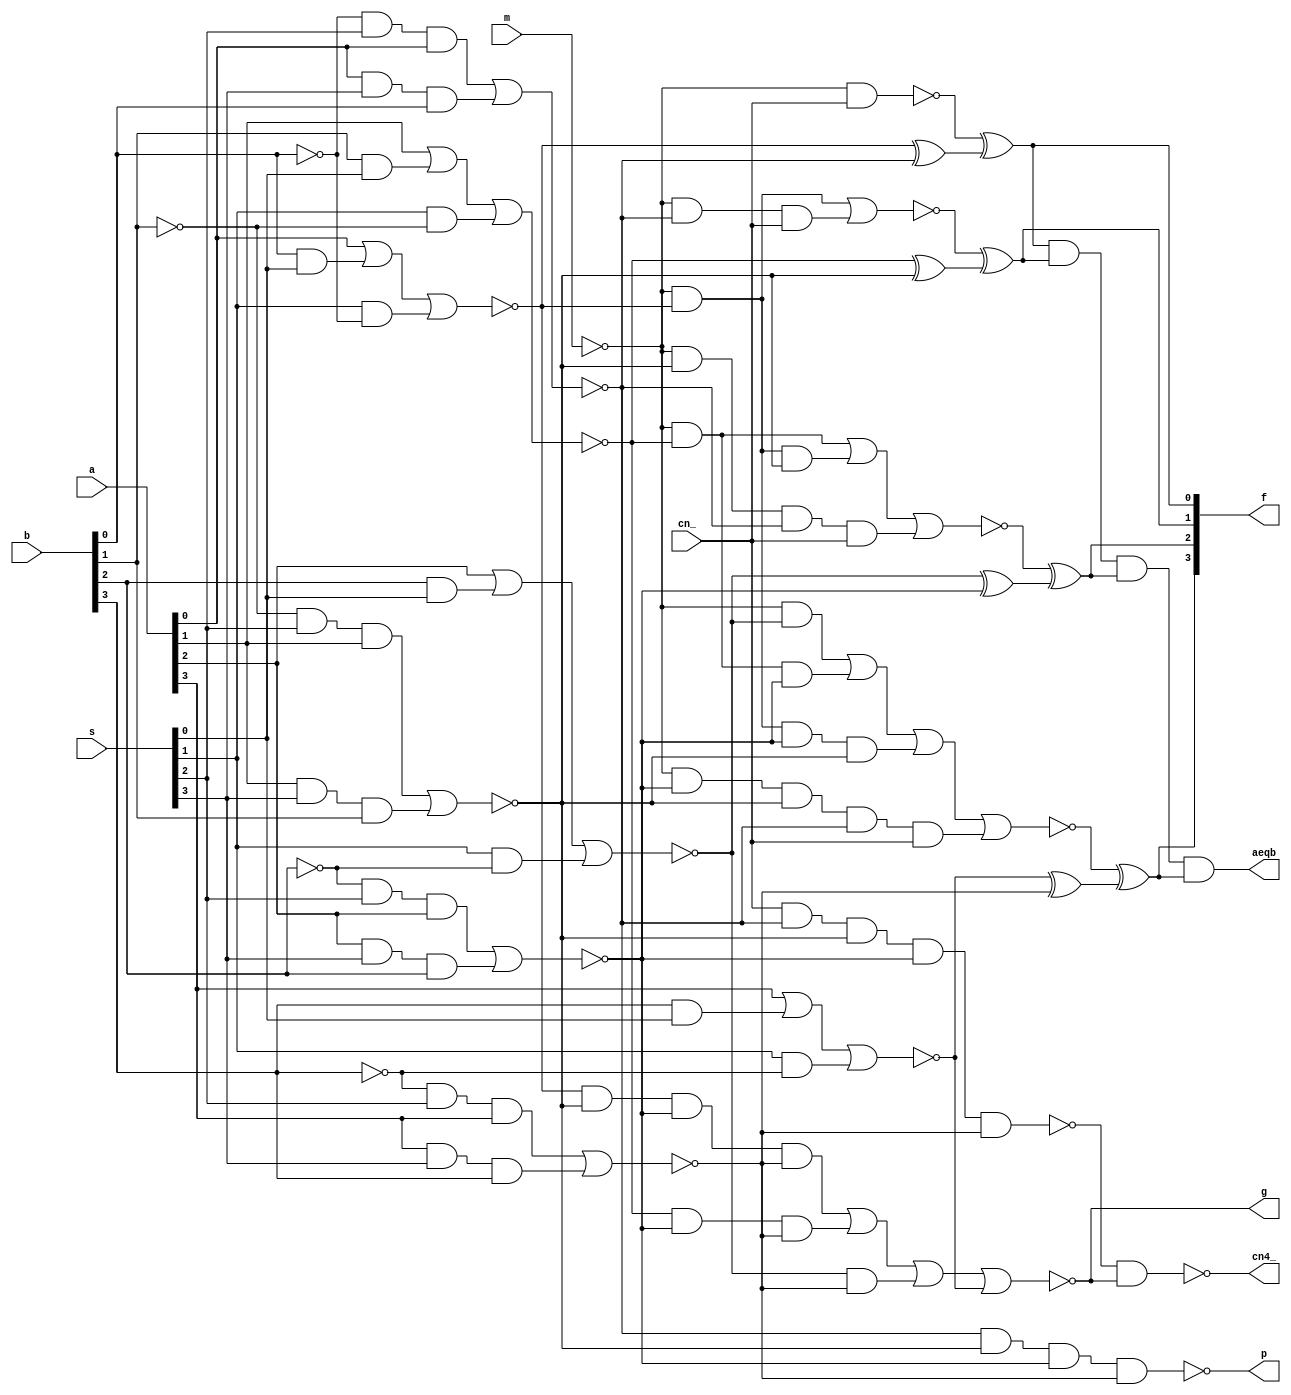
module sn74ls181 (a, b, s, m, cn_, f, cn4_, g, p, aeqb);
input [3:0] a, b;
input [3:0] s;
input m, cn_;
output [3:0] f;
output cn4_, g, p, aeqb;
wire [3:0] fi;
wire ab, c4;
wand aeqb;

parameter
	tPLH_min=0,  tPLH_typ=22,  tPLH_max=33,		// worst case time A, B -> F
	tPHL_min=0,  tPHL_typ=26,  tPHL_max=38,
	tPLHE_min=0, tPLHE_typ=33, tPLHE_max=50,	// worst case time A, B -> A=B
	tPHLE_min=0, tPHLE_typ=41, tPHLE_max=62,
	tPLHC_min=0, tPLHC_typ=27, tPLHC_max=41,	// worst case time A, B -> Cn4
	tPHLC_min=0, tPHLC_typ=27, tPHLC_max=41;

genvar i;

wire m_;
not u00(m_, m);

wire [3:0] n1, n2, x1, n3;

for (i=0; i<4; i=i+1) begin:stage1
	wire b_, a0, a1, a2, a3, a4;
	not u10(b_,    b[i]);
	and u11(a0,    a[i]);
	and u12(a1,    b[i],s[0]);
	and u13(a2,         s[1],b_);
	and u14(a3,    b_,  s[2],a[i]);
	and u15(a4,    a[i],s[3],b[i]);
	nor u16(n1[i], a0,a1,a2);
	nor u17(n2[i], a3,a4);
	xor u20(x1[i], n1[i], n2[i]);
	xor u40(fi[i],  n3[i], x1[i]);
end

wire a311,a312;
and  u311(a311, m_,n1[0]);
and  u312(a312, m_,n2[0],cn_);

wire a321,a322,a323;
and  u321(a321, m_,n1[1]);
and  u322(a322, m_,n1[0],n2[1]);
and  u323(a323, m_,      n2[1],n2[0],cn_);

wire a331,a332,a333,a334;
and  u331(a331, m_,n1[2]);
and  u332(a332, m_,n1[1],n2[2]);
and  u333(a333, m_,n1[0],n2[2],n2[1]);
and  u334(a334, m_,      n2[2],n2[1],n2[0],cn_);

nand u305(n3[0], m_, cn_);
nor  u315(n3[1], a311,a312);
nor  u325(n3[2], a321,a322,a323);
nor  u335(n3[3], a331,a332,a333,a334);

wire n342;
nand u341(p,        n2[0],n2[1],n2[2],n2[3]);
nand u342(n342, cn_,n2[0],n2[1],n2[2],n2[3]);

wire a351,a352,a353,n354;
and  u351(a351, n1[0],n2[1],n2[2],n2[3]);
and  u352(a352, n1[1],n2[2],n2[3]);
and  u353(a353, n1[2],n2[3]);
and  u354(a354, n1[3]);
nor  u355(g, a351, a352, a353, a354);

nand u401(c4, n342,g);
and  u402(ab, fi[0], fi[1], fi[2], fi[3]);


assign #(tPLHC_min:tPLHC_typ:tPLHC_max, tPHLC_min:tPHLC_typ:tPHLC_max)
	cn4_ = c4;
assign #(tPLHE_min:tPLHE_typ:tPLHE_max, tPHLE_min:tPHLE_typ:tPHLE_max)
	aeqb = ab;
assign #(tPLH_min:tPLH_typ:tPLH_max, tPHL_min:tPHL_typ:tPHL_max)
	f = fi;

endmodule